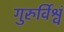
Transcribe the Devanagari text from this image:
गुरुर्विश्वं